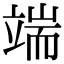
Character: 端